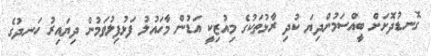
ގޮނޑުދޮށަށް ބީއްސަމުންދިޔަ ކުދި ރާޅުތަކުގެ މިއުޒިކީ އަޑުން މާހައުލު ފަޅުފިލުވަމުން ދިޔައިރު ހަނދުގެ